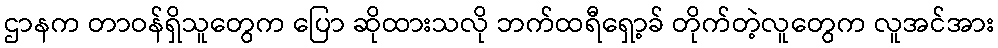
ဌာနက တာဝန်ရှိသူတွေက ပြော ဆိုထားသလို ဘက်ထရီရှော့ခ် တိုက်တဲ့လူတွေက လူအင်အား